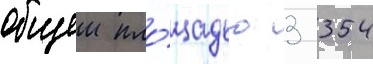
общеи пло́щадью 3 354